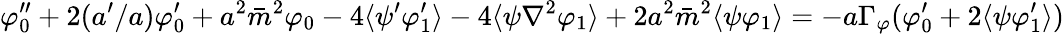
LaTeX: \varphi_{0}^{\prime\prime}+2(a^{\prime}/a)\varphi_{0}^{\prime}+a^{2}\bar{m}^{2}\varphi_{0}-4\langle\psi^{\prime}\varphi_{1}^{\prime}\rangle-4\langle\psi\nabla^{2}\varphi_{1}\rangle+2a^{2}\bar{m}^{2}\langle\psi\varphi_{1}\rangle=-a\Gamma_{\varphi}(\varphi_{0}^{\prime}+2\langle\psi\varphi_{1}^{\prime}\rangle)